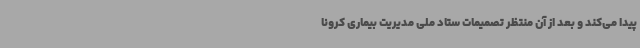
پیدا می‌کند و بعد از آن منتظر تصمیمات ستاد ملی مدیریت بیماری کرونا